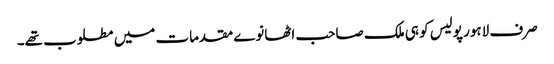
صرف لاہور پولیس کو ہی ملک صاحب اٹھانوے مقدمات میں مطلوب تھے۔